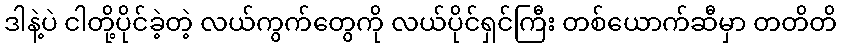
ဒါနဲ့ပဲ ငါတို့ပိုင်ခဲ့တဲ့ လယ်ကွက်တွေကို လယ်ပိုင်ရှင်ကြီး တစ်ယောက်ဆီမှာ တတိတိ